Regulations for the medical services of the Army of India
Year: 1930
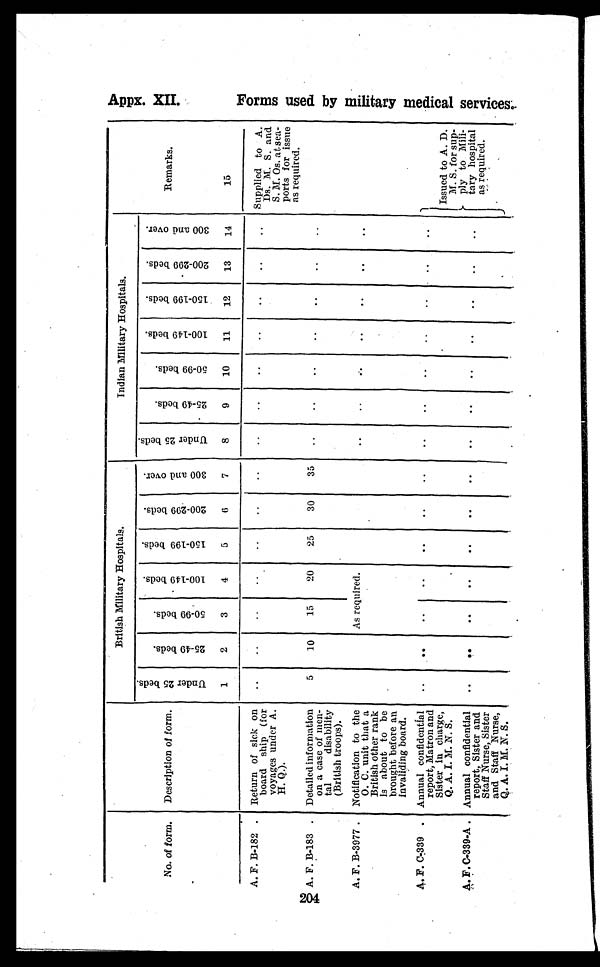
204
British Military Hospitals.
Indian Military Hospitals.
No. of form.
-
Description of form.
U n d e r 2 5 b e d s .
2 5 - 4 9 b e d s .
5 0 - 9 9 b e d s .
1 0 0 - 1 4 9 b e d s
1 5 0 - 1 9 9 b e d s .
2 0 0 - 2 9 9 b e d s .
3 0 0 a n d o v e r .
U n d e r 2 5 b e d s
2 5 - 4 9 b e d s .
5 0 - 9 9 b e d s .
1 0 0 - 1 4 9 b e d s
1 5 0 - 1 9 9 b e d s
I
2 0 0 - 2 9 9 b e d s
3 0 0 a n d o v e r .
Remarks.
1
2
3
4
5
6
7
8
9
10
11
12
13
14
15
A. F. B-182 . Return of sick on
board ship (for
voyages under A.
H. Q.).
.
..
..
..
. .
. . ..
..
..
..
..
..
..
.
Supplied to A.
Ds. M. S. and
S. M. Os. at sea-
ports for issue
as required.
A. F. B-183 . Detailed information
on a case of men-
tal
disability
(British troops).
5
10
15
20
25
30
35
..
..
..
..
..
..
. .
A. F. B-3977 . Notification to the
O. C. unit that a
British other rank
is about to be
brought before an
Invaliding board.
As required.
..
. .
. .
..
..
. .
. .
A.
F
. C7 . 339 . Annual confidential
report, Matron and
Sister in charge
Q. A. I. M. N. S.
..
-
..
..
..
..
..
..
..
.. .
..
..
. .
. .
Issued to A. D.
M. S. for sup-
ply to Mili-
tary hospital
as required.
A .
F
. C-339-A . Annual confidential
report, Sister and
Staff Nurse, Sister
and Staff Nurse,
Q. A. I. M . N. S.
..
..
..
..
. . ..
..
.
..
..
..
..
. .
. .
Appx. XII
F o r m s u s e d b y m i l i t a r y m e d i c a l s e r v i c e s